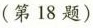
(第18题)